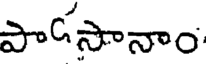
పాడసానాం